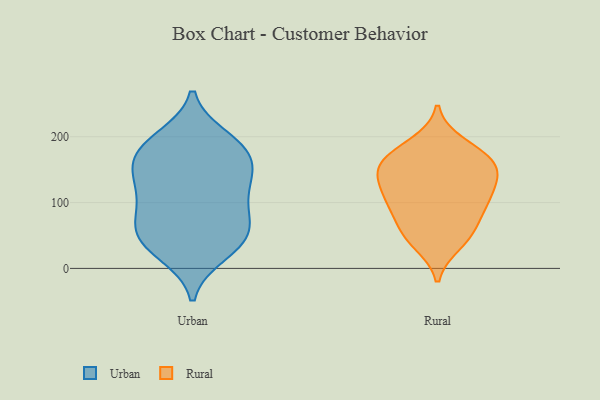
{"axis": {"x": "Website Visitors", "y": "Value"}, "legend": ["Rural", "Urban"], "data": [{"x": "", "y": 192, "type": "Urban"}, {"x": "", "y": 105, "type": "Urban"}, {"x": "", "y": 53, "type": "Urban"}, {"x": "", "y": 22, "type": "Urban"}, {"x": "", "y": 119, "type": "Urban"}, {"x": "", "y": 198, "type": "Urban"}, {"x": "", "y": 160, "type": "Urban"}, {"x": "", "y": 176, "type": "Urban"}, {"x": "", "y": 39, "type": "Urban"}, {"x": "", "y": 148, "type": "Urban"}, {"x": "", "y": 64, "type": "Urban"}, {"x": "", "y": 157, "type": "Urban"}, {"x": "", "y": 30, "type": "Urban"}, {"x": "", "y": 185, "type": "Urban"}, {"x": "", "y": 57, "type": "Urban"}, {"x": "", "y": 102, "type": "Urban"}, {"x": "", "y": 72, "type": "Urban"}, {"x": "", "y": 133, "type": "Urban"}, {"x": "", "y": 132, "type": "Rural"}, {"x": "", "y": 38, "type": "Rural"}, {"x": "", "y": 155, "type": "Rural"}, {"x": "", "y": 154, "type": "Rural"}, {"x": "", "y": 96, "type": "Rural"}, {"x": "", "y": 107, "type": "Rural"}, {"x": "", "y": 172, "type": "Rural"}, {"x": "", "y": 101, "type": "Rural"}, {"x": "", "y": 149, "type": "Rural"}, {"x": "", "y": 48, "type": "Rural"}, {"x": "", "y": 54, "type": "Rural"}, {"x": "", "y": 72, "type": "Rural"}, {"x": "", "y": 174, "type": "Rural"}, {"x": "", "y": 143, "type": "Rural"}, {"x": "", "y": 189, "type": "Rural"}, {"x": "", "y": 109, "type": "Rural"}]}